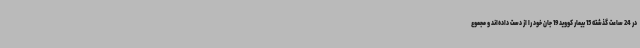
در 24 ساعت گذشته 15 بیمار کووید 19 جان خود را از دست داده‌اند و مجموع